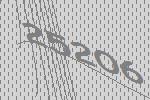
25206